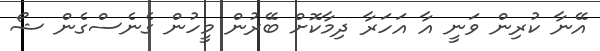
އޭނާ ކުރިން ވަނީ އާ އަހަރާ ދިމާކޮށް ބޭރުން މީހުން ގެނެސްގެން ޝޯ